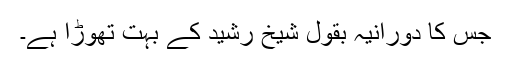
جس کا دورانیہ بقول شیخ رشید کے بہت تھوڑا ہے۔